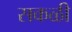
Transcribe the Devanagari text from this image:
सकळी